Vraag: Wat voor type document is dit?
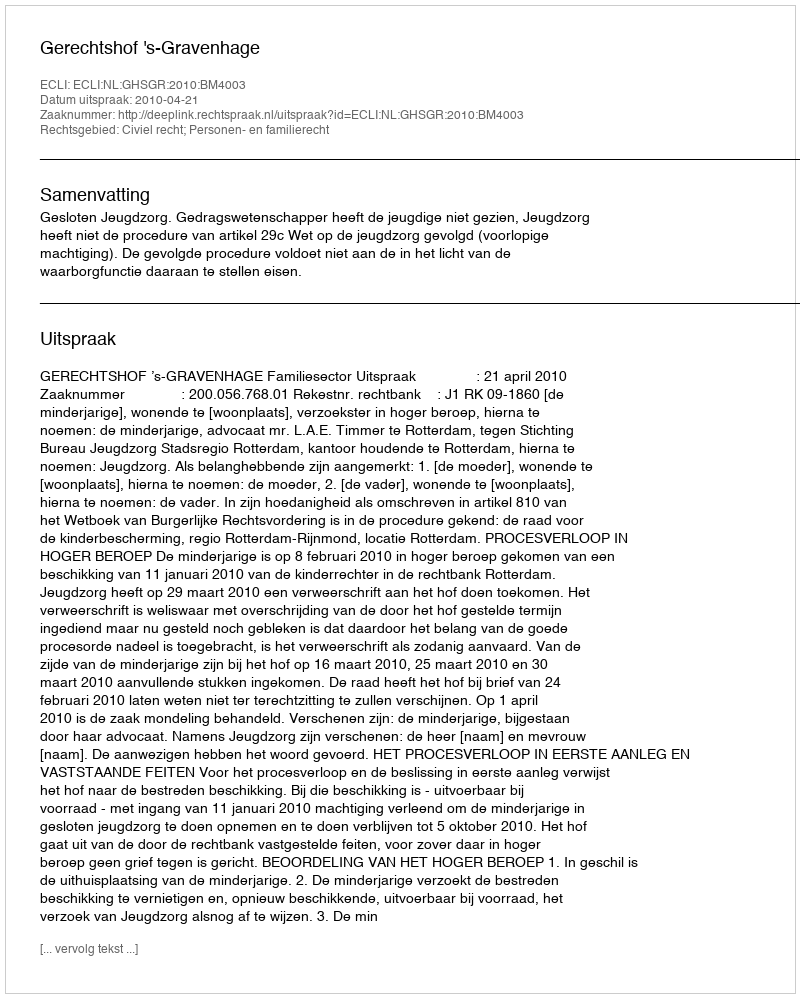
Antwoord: Uitspraak